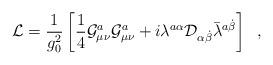
LaTeX: \begin{align*}{\cal L} = \frac{1}{g_0^2} \left[ \frac{1}{4} {\cal G}_{\mu\nu}^a{\cal G}_{\mu\nu}^a + i \lambda^{a \alpha} {\cal D}_{\alpha \dot{\beta}} \bar{\lambda}^{a \dot{\beta}} \right] \;\;,\end{align*}